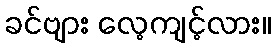
ခင်ဗျား လေ့ကျင့်လား။